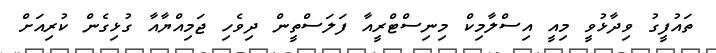
ތައުފީގު ވިދާޅުވީ މިއީ އިސްލާމިކް މިނިސްޓްރީއާ ފަލަސްތީން ދިވެހި ޖަމިއްޔާއާ ގުޅިގެން ކުރިއަށް